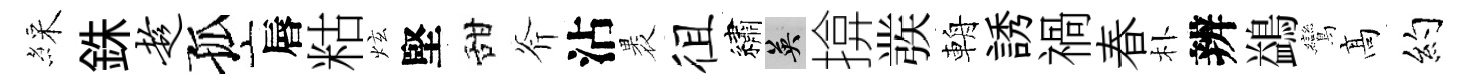
綵銖趁孤唇䊀炫堅甜斧沾褁徂繡英揜彂輈誘禍春朴辨鷁鸞髙约